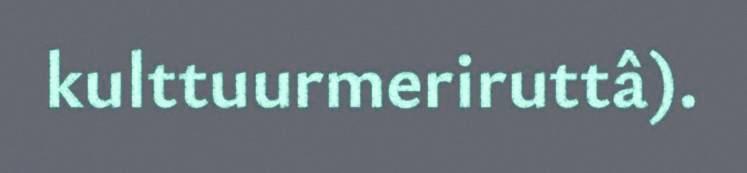
kulttuurmeriruttâ).